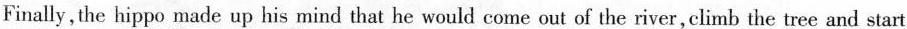
Finally,the hip po made up his mind that he would come out of the river,climb the tree and start